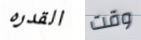
القدره وقت